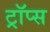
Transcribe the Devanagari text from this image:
ट्रॉप्स